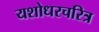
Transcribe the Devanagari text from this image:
यशोधरचरित्र